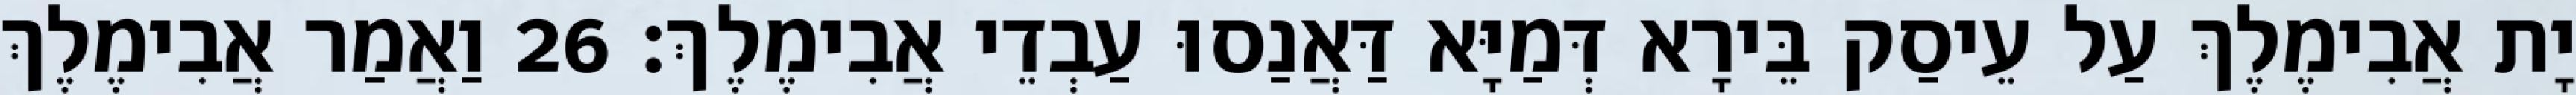
יָת אֲבִימֶלֶךְ עַל עֵיסַק בֵּירָא דְּמַיָּא דַּאֲנַסוּ עַבְדֵי אֲבִימֶלֶךְ׃ 26 וַאֲמַר אֲבִימֶלֶךְ